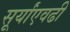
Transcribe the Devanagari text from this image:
सूर्यांएवढी